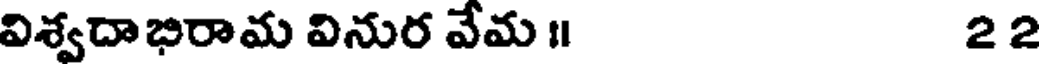
విశ్వదాభిరామ వినుర వేమ ॥ 22